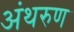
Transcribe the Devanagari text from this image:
अंथरुण